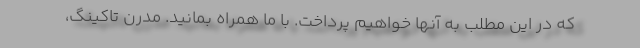
که در این مطلب به آنها خواهیم پرداخت. با ما همراه بمانید. مدرن تاکینگ،